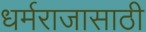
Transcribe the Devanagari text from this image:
धर्मराजासाठी